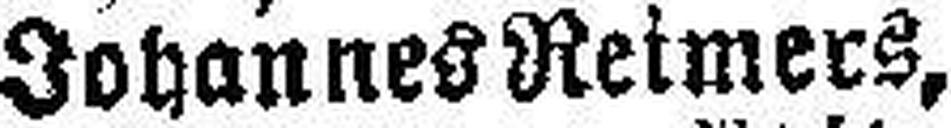
Johannes Reimers,